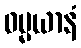
ဓမ္မယာနံ